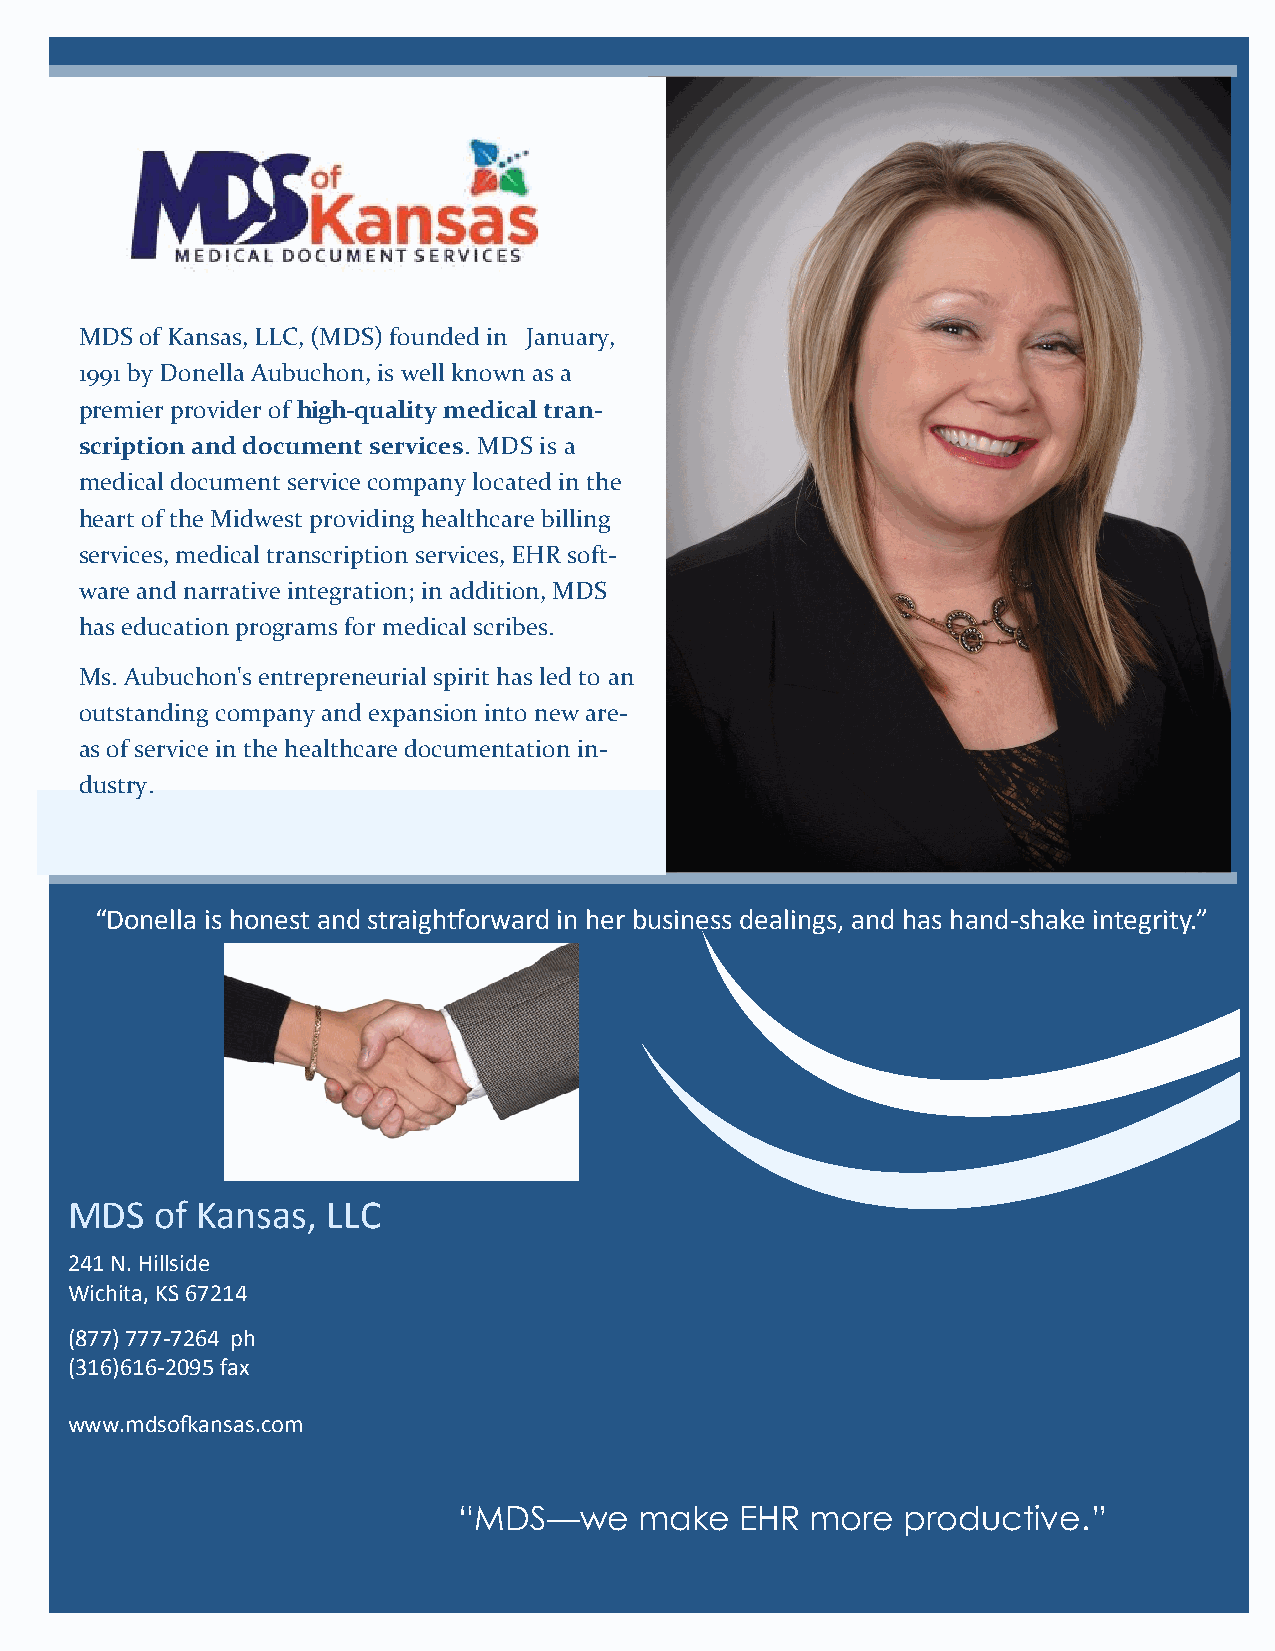
MDS of Kansas, LLC, (MDS) founded in January,
 1991 by Donella Aubuchon, is well known as a
 premier provider of high-quality medical tran-
 scription and document services. MDS is a
 medical document service company located in the
 heart of the Midwest providing healthcare billing
 services, medical transcription services, EHR soft-
 ware and narrative integration; in addition, MDS
 has education programs for medical scribes.
 Ms. Aubuchon's entrepreneurial spirit has led to an
 outstanding company and expansion into new are-
 as of service in the healthcare documentation in-
 dustry.
 “Donella is honest and straightforward in her business dealings, and has hand-shake integrity.”
 MDS   of Kansas,  LLC
 241 N. Hillside
 Wichita, KS 67214
 (877) 777-7264 ph
 (316)616-2095 fax
 www.mdsofkansas.com
 “MDS—we     make   EHR  more  productive.”